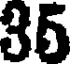
35